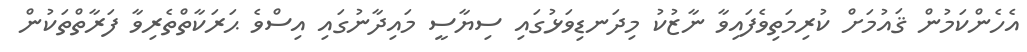
އެހެންކަމުން ޤައުމަށް ކުރިމަތިވެފައިވާ ނާޒުކު މިދަނޑިވަޅުގައި ސިޔާސީ މައިދާނުގައި އިސްވެ ޙަރަކާތްތެރިވާ ފަރާތްތަކުން